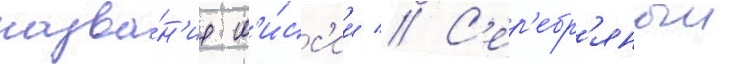
назва́н'ие м'и́сс'ии // С'ер'ебр'яныи